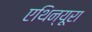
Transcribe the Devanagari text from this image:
एथिन्यूरा